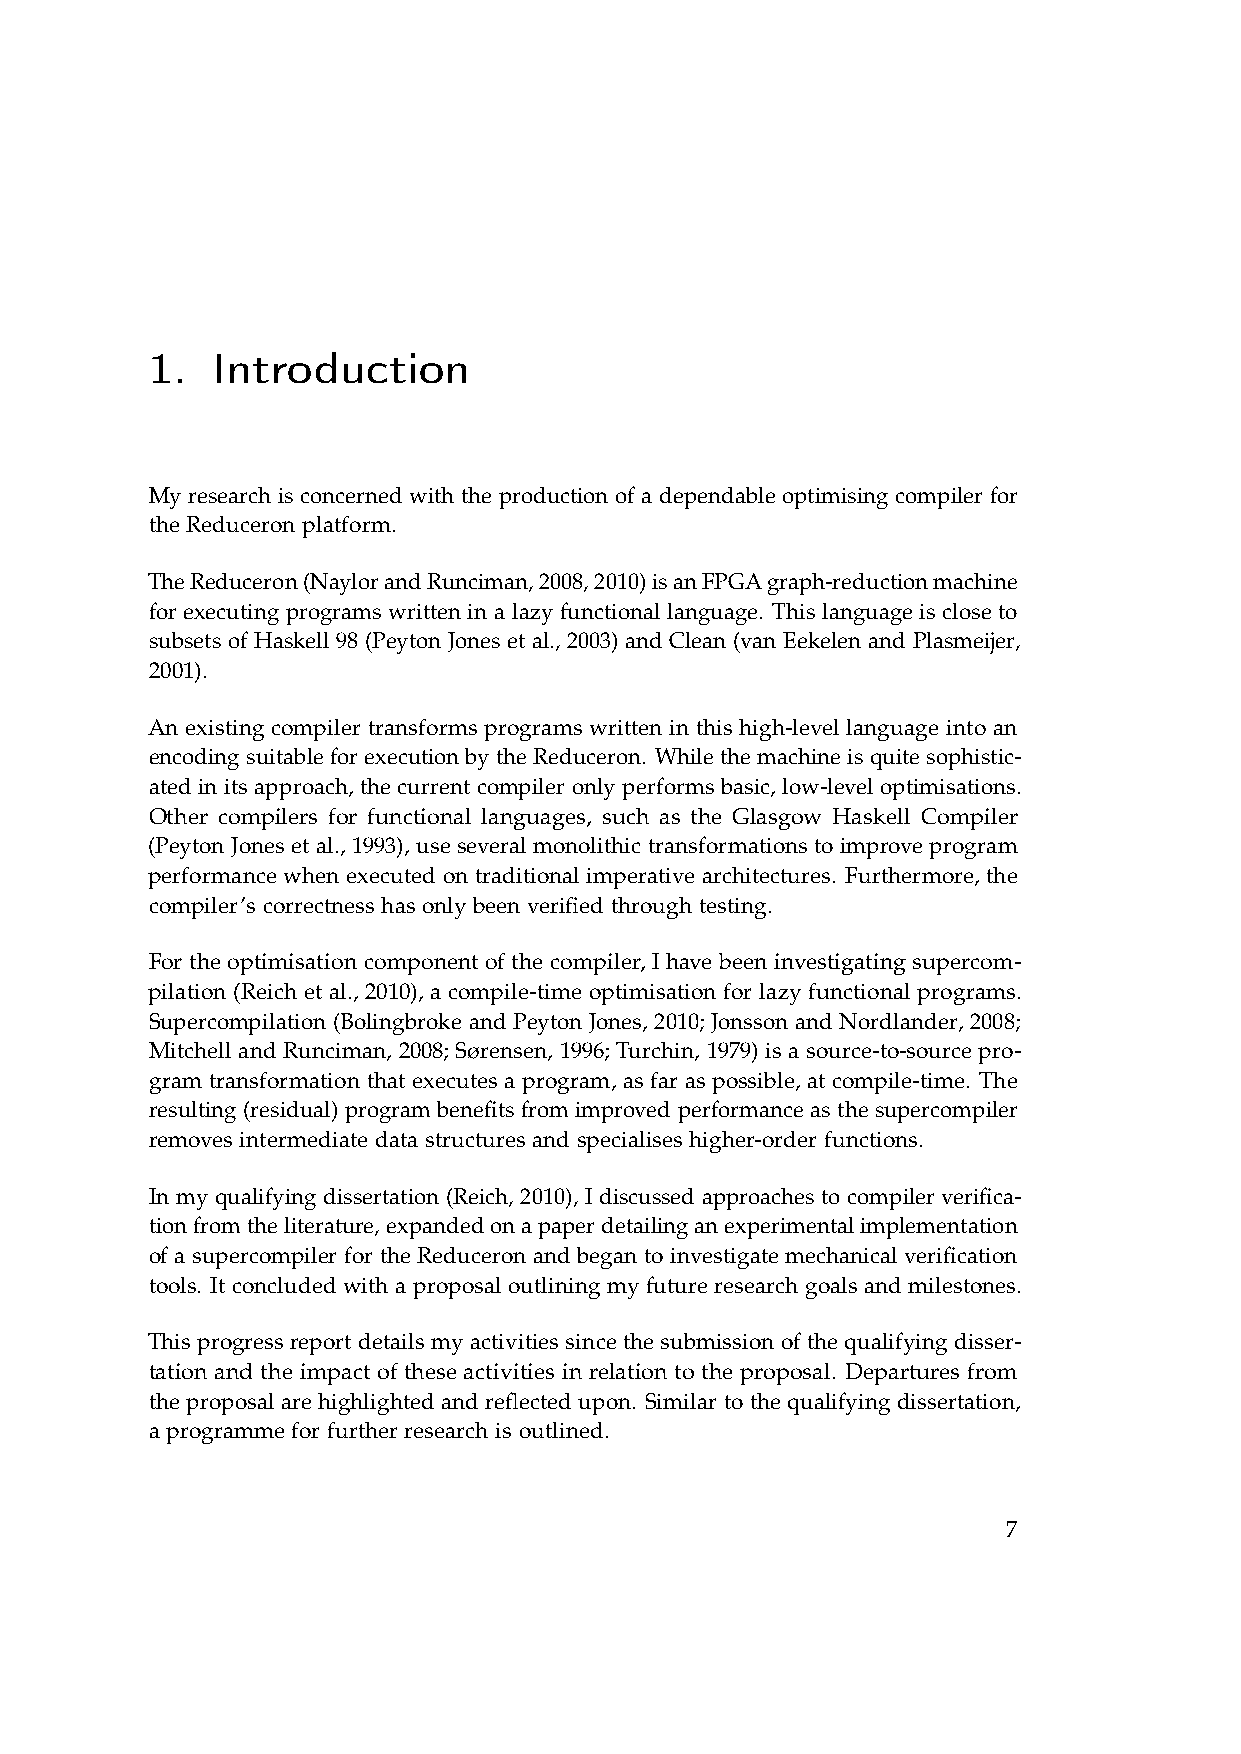
1.  Introduction
 My research is concerned with the production of a dependable optimising compiler for
 the Reduceron platform.
 TheReduceron(NaylorandRunciman,2008,2010)isanFPGAgraph-reductionmachine
 for executing programs written in a lazy functional language. This language is close to
 subsets of Haskell 98 (Peyton Jones et al., 2003) and Clean (van Eekelen and Plasmeijer,
 2001).
 An existing compiler transforms programs written in this high-level language into an
 encoding suitable for execution by the Reduceron. While the machine is quite sophistic-
 ated in its approach, the current compiler only performs basic, low-level optimisations.
 Other compilers for functional languages, such as the Glasgow Haskell Compiler
 (Peyton Jones et al., 1993), use several monolithic transformations to improve program
 performance when executed on traditional imperative architectures. Furthermore, the
 compiler’s correctness has only been verified through testing.
 For the optimisation component of the compiler, I have been investigating supercom-
 pilation (Reich et al., 2010), a compile-time optimisation for lazy functional programs.
 Supercompilation (Bolingbroke and Peyton Jones, 2010; Jonsson and Nordlander, 2008;
 Mitchell and Runciman, 2008; Sørensen, 1996; Turchin, 1979) is a source-to-source pro-
 gram transformation that executes a program, as far as possible, at compile-time. The
 resulting (residual) program benefits from improved performance as the supercompiler
 removes intermediate data structures and specialises higher-order functions.
 In my qualifying dissertation (Reich, 2010), I discussed approaches to compiler verifica-
 tionfromtheliterature,expandedonapaperdetailinganexperimentalimplementation
 of a supercompiler for the Reduceron and began to investigate mechanical verification
 tools. It concluded with a proposal outlining my future research goals and milestones.
 This progress report details my activities since the submission of the qualifying disser-
 tation and the impact of these activities in relation to the proposal. Departures from
 the proposal are highlighted and reflected upon. Similar to the qualifying dissertation,
 a programme for further research is outlined.
 7